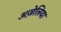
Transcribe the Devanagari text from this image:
अज़ेलिया